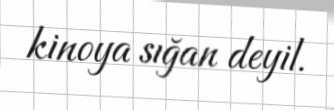
kinoya sığan deyil.